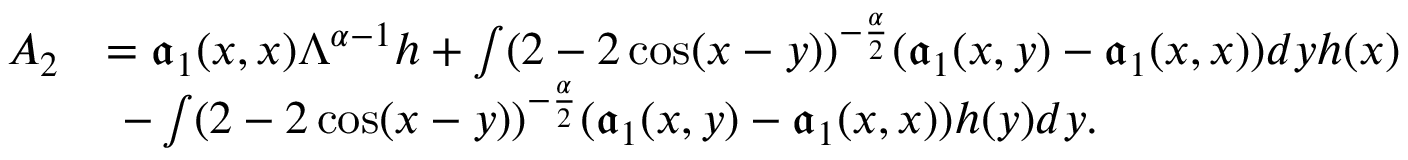
\begin{array} { r l } { A _ { 2 } } & { = \mathfrak { a } _ { 1 } ( x , x ) \Lambda ^ { \alpha - 1 } h + \int ( 2 - 2 \cos ( x - y ) ) ^ { - \frac { \alpha } { 2 } } ( \mathfrak { a } _ { 1 } ( x , y ) - \mathfrak { a } _ { 1 } ( x , x ) ) d y h ( x ) } \\ & { \ - \int ( 2 - 2 \cos ( x - y ) ) ^ { - \frac { \alpha } { 2 } } ( \mathfrak { a } _ { 1 } ( x , y ) - \mathfrak { a } _ { 1 } ( x , x ) ) h ( y ) d y . } \end{array}